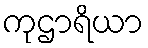
ကုဌာရိယာ